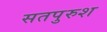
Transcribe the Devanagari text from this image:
सतपुरुश